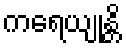
ကရေယျုန္တိ